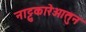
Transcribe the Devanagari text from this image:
नाट्टुकारेआतुन